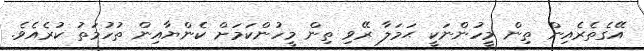
އޭގެތެރެއިން ތިން މީހުންނަކީ ޙަމަލާ ރޭވި ތިން މީހުންކަމަށް ކެންޔާއިން ތުހުމަތު ކުރެއެވެ.